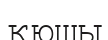
қюшы